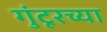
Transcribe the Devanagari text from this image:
गुंटूरच्या